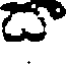
డా